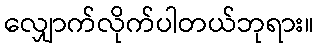
လျှောက်လိုက်ပါတယ်ဘုရား။